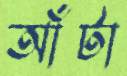
আঁটা